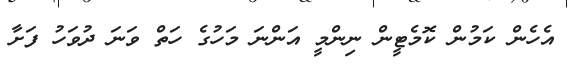
އެހެން ކަމުން ކޮމެޓީން ނިންމީ އަންނަ މަހުގެ ހަތް ވަނަ ދުވަހު ފަށާ